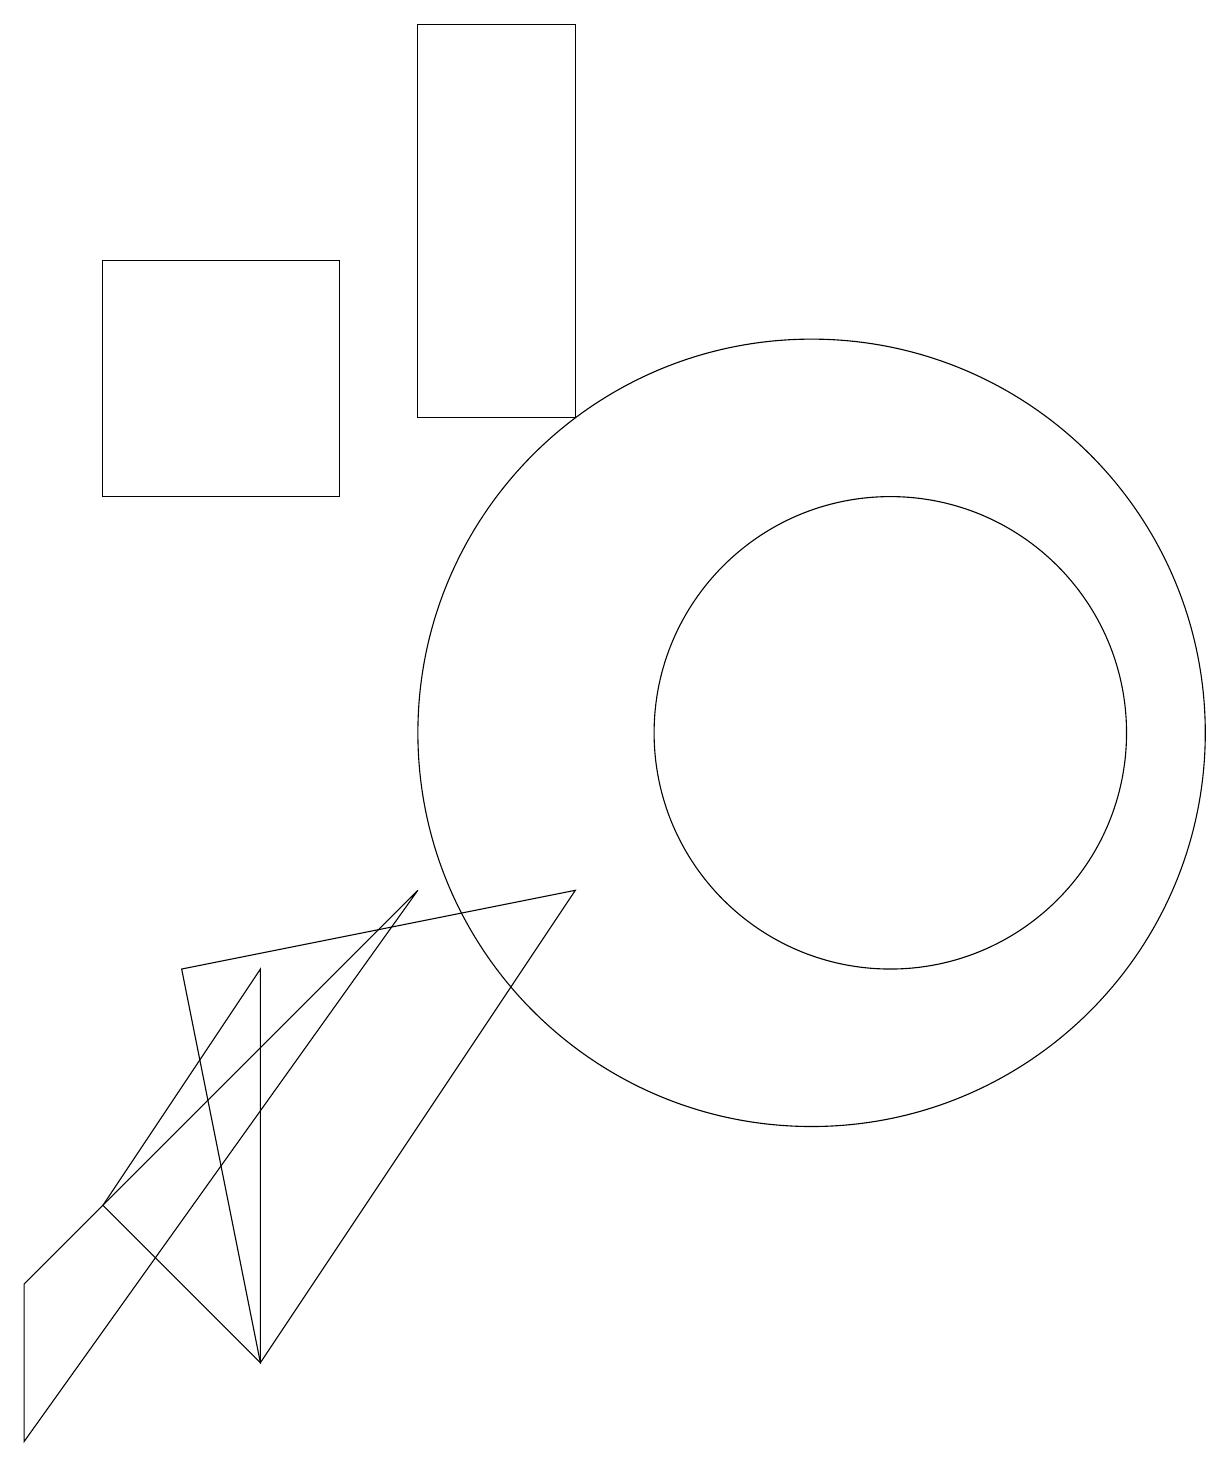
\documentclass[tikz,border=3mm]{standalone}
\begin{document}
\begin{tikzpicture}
\draw (5,8) -- (0,1) -- (0,3) -- cycle;
\draw (5,14) rectangle (7,19);
\draw (1,13) rectangle (4,16);
\draw (3,2) -- (2,7) -- (7,8) -- cycle;
\draw (1,4) -- (3,2) -- (3,7) -- cycle;
\draw (10,10) circle (5);
\draw (11,10) circle (3);
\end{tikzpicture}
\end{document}